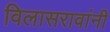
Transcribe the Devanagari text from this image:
विलासरावांनी